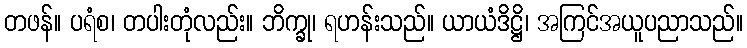
တဖန်။ ပရံစ၊ တပါးတုံလည်း။ ဘိက္ခု၊ ရဟန်းသည်။ ယာယံဒိဋ္ဌိ၊ အကြင်အယူပညာသည်။